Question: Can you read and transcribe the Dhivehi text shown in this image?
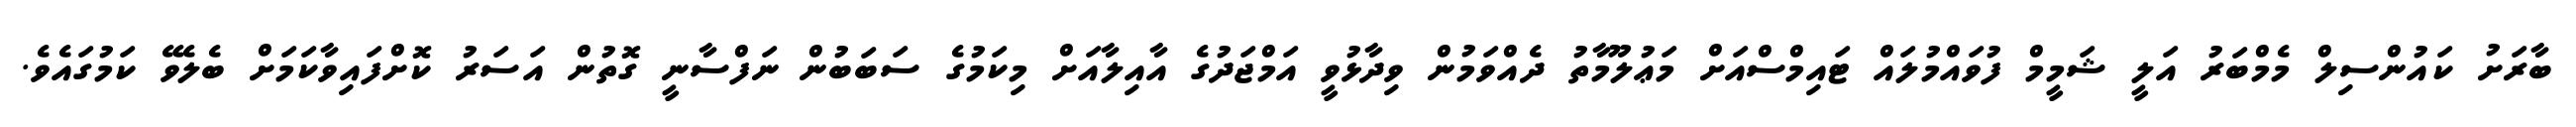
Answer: ބާރަށު ކައުންސިލް މެމްބަރު އަލީ ޝަމީމް ފުވައްމުލައް ޓައިމްސްއަށް މަޢުލޫމާތު ދެއްވަމުން ވިދާޅުވީ އަމްޖަދުގެ އާއިލާއަށް މިކަމުގެ ސަބަބުން ނަފްސާނީ ގޮތުން އަސަރު ކޮށްފައިވާކަމަށް ބެލެވޭ ކަމުގައެވެ.